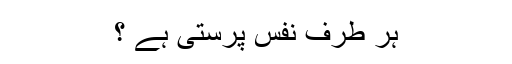
ہر طرف نفس پرستی ہے ؟